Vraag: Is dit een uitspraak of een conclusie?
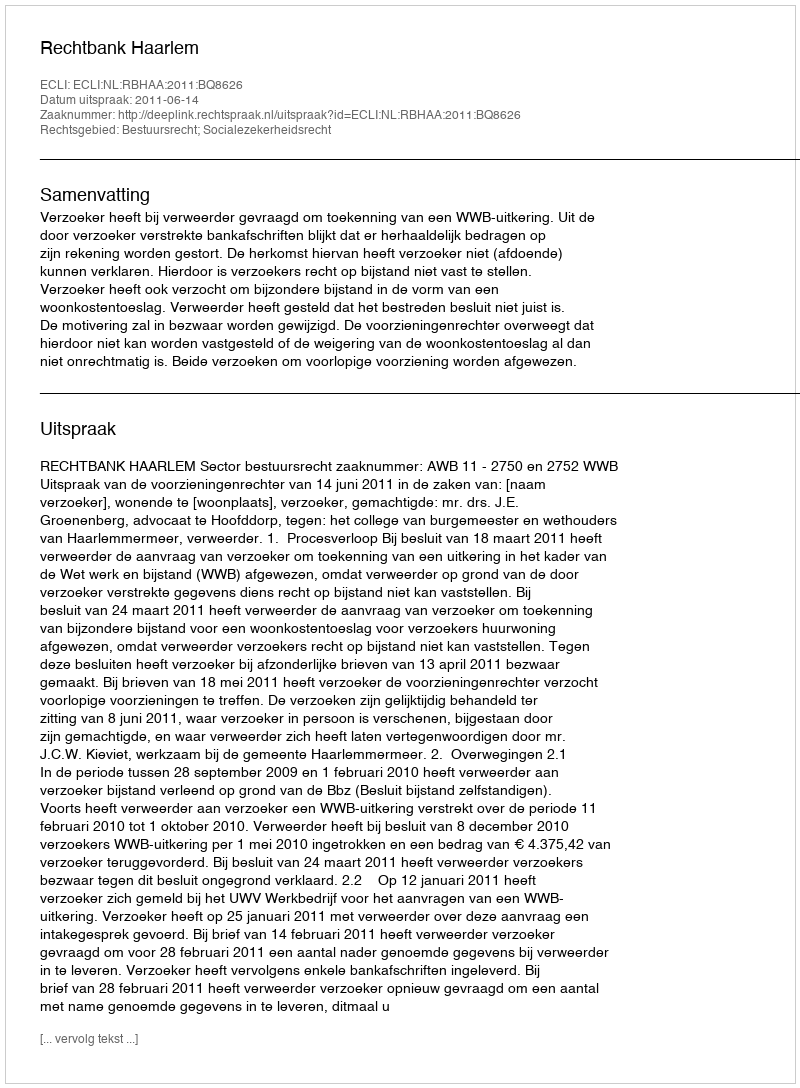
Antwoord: Uitspraak